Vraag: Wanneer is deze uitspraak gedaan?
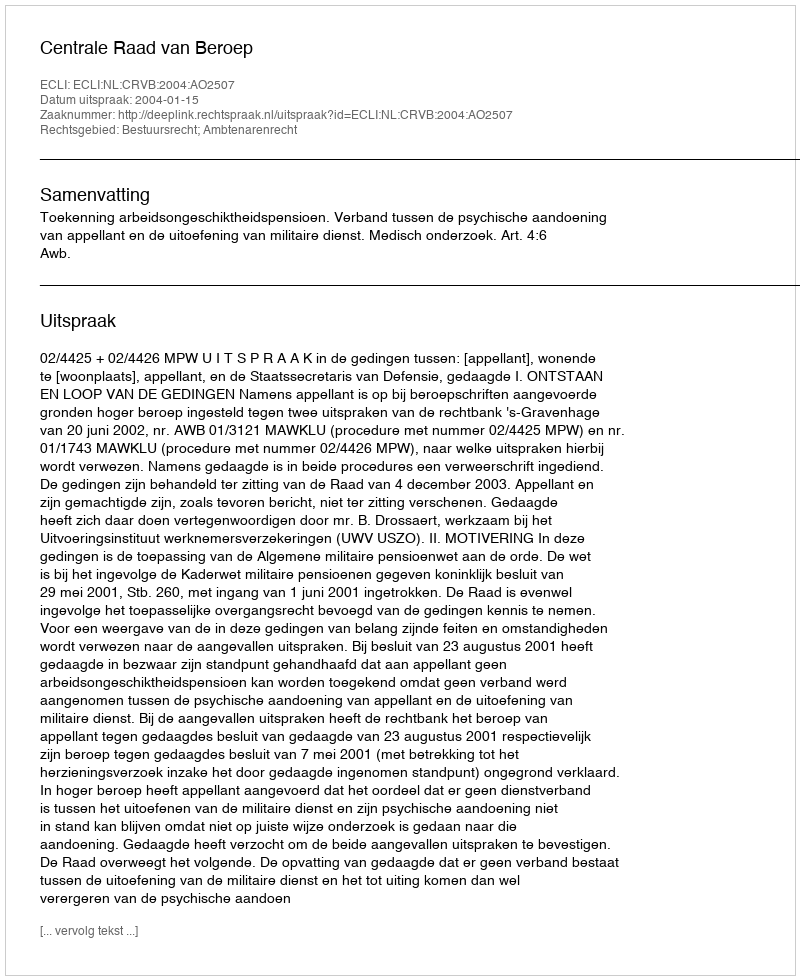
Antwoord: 2004-01-15